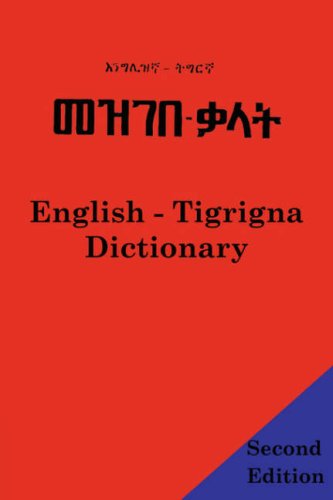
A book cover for English - Tigrigna Dictionary; Abdel Rahman; Travel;